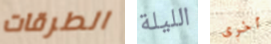
الطرقات الليلة أخرى